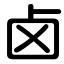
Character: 卤